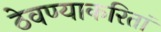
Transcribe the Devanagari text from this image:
ठेवण्याकरितां